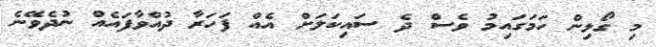
މި ގޯޅިން ހަމަގައިމު ވެސް ދެ ސައިކަލަށް އެއް ފަހަރާ ދުއްވާފައެއް ނުދެވޭނެ